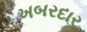
ખબરદાર